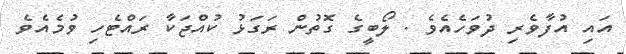
އައި އުފާވެރި ދުވަހެއެވެ . ލޯބީގެ ގޮތުން ރަގަޅު ކުއްޖަކާ ރައްޓެހި ވުމެއެވެ